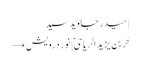
| حیدر جاوید سید
حُر بن یزید الریاحیؑ | نور درویش →